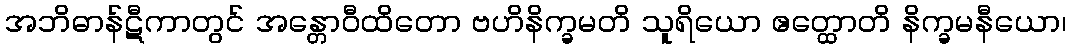
အဘိဓာန်ဋီကာတွင် အန္တောဝီထိတော ဗဟိနိက္ခမတိ သူရိယော ဧတ္ထောတိ နိက္ခမနီယော၊